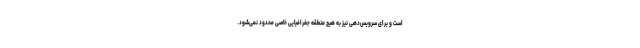
است و برای سرویس‌دهی نیز به هیچ منطقه جغرافیایی خاصی محدود نمی‌شود.